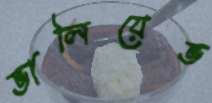
ভালিয়েভ